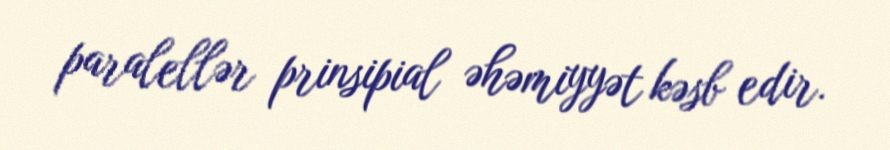
paralellər prinsipial əhəmiyyət kəsb edir.